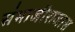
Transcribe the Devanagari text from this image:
संभाजीराजास